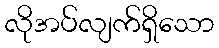
လိုအပ်လျက်ရှိသော